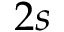
2 s